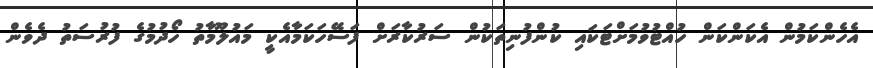
އެހެންކަމުން އެކަންކަން ހުއްޓުވުމަށްޓަކައި ކުންފުނިތަކުން ސަރުކާރަށް ފަސޭހަކަމާއެކީ މައުލޫމާތު ހޯދުމުގެ ފުރުސަތު ދެވެން